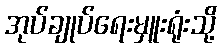
အုပ်ချုပ်ရေးမှူးရုံးသို့